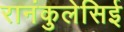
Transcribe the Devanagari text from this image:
रानंकुलेसिई